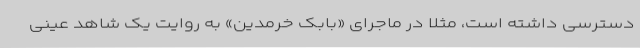
دسترسی داشته است، مثلا در ماجرای «بابک خرمدین» به روایت یک شاهد عینی